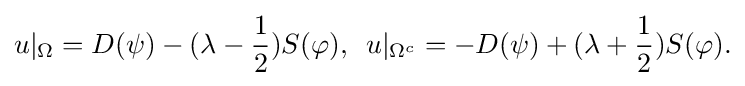
\displaystyle {u|_{\Omega }=D(\psi )-(\lambda -{1 \over 2})S(\varphi ),\,\,\,u|_{\Omega ^{c}}=-D(\psi )+(\lambda +{1 \over 2})S(\varphi ).}